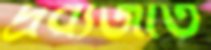
দ্রব্যজাত